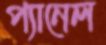
প্যানেল